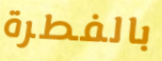
بالفطرة